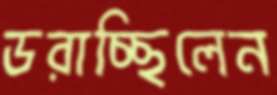
ডরাচ্ছিলেন